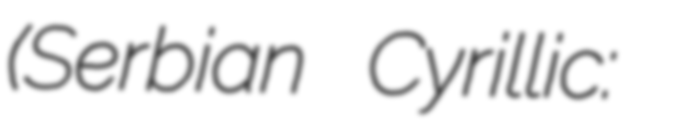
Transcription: (Serbian Cyrillic: Александар